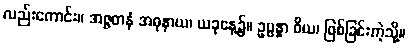
လည်းကောင်း။ အဇ္ဇတနံ အဓုနာယ၊ ယခုနေ့၌။ ဥပ္ပန္နာ ဝိယ၊ ဖြစ်ခြင်းကဲ့သို့။